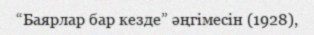
“Баярлар бар кезде” әңгімесін (1928),